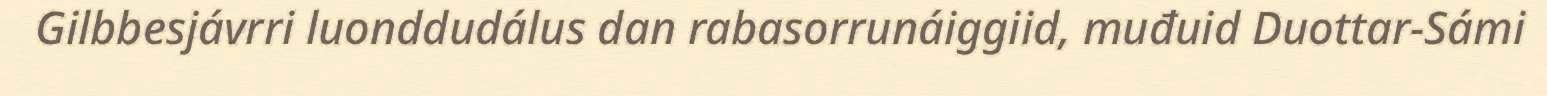
Gilbbesjávrri luonddudálus dan rabasorrunáiggiid, muđuid Duottar-Sámi